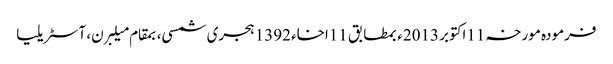
فرمودہ مورخہ 11اکتوبر 2013ء بمطابق 11اخاء 1392 ہجری شمسی، بمقام میلبرن، آسٹریلیا